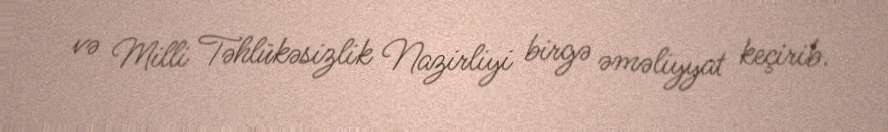
və Milli Təhlükəsizlik Nazirliyi birgə əməliyyat keçirib.